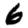
Digit: 6